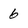
Character: 6